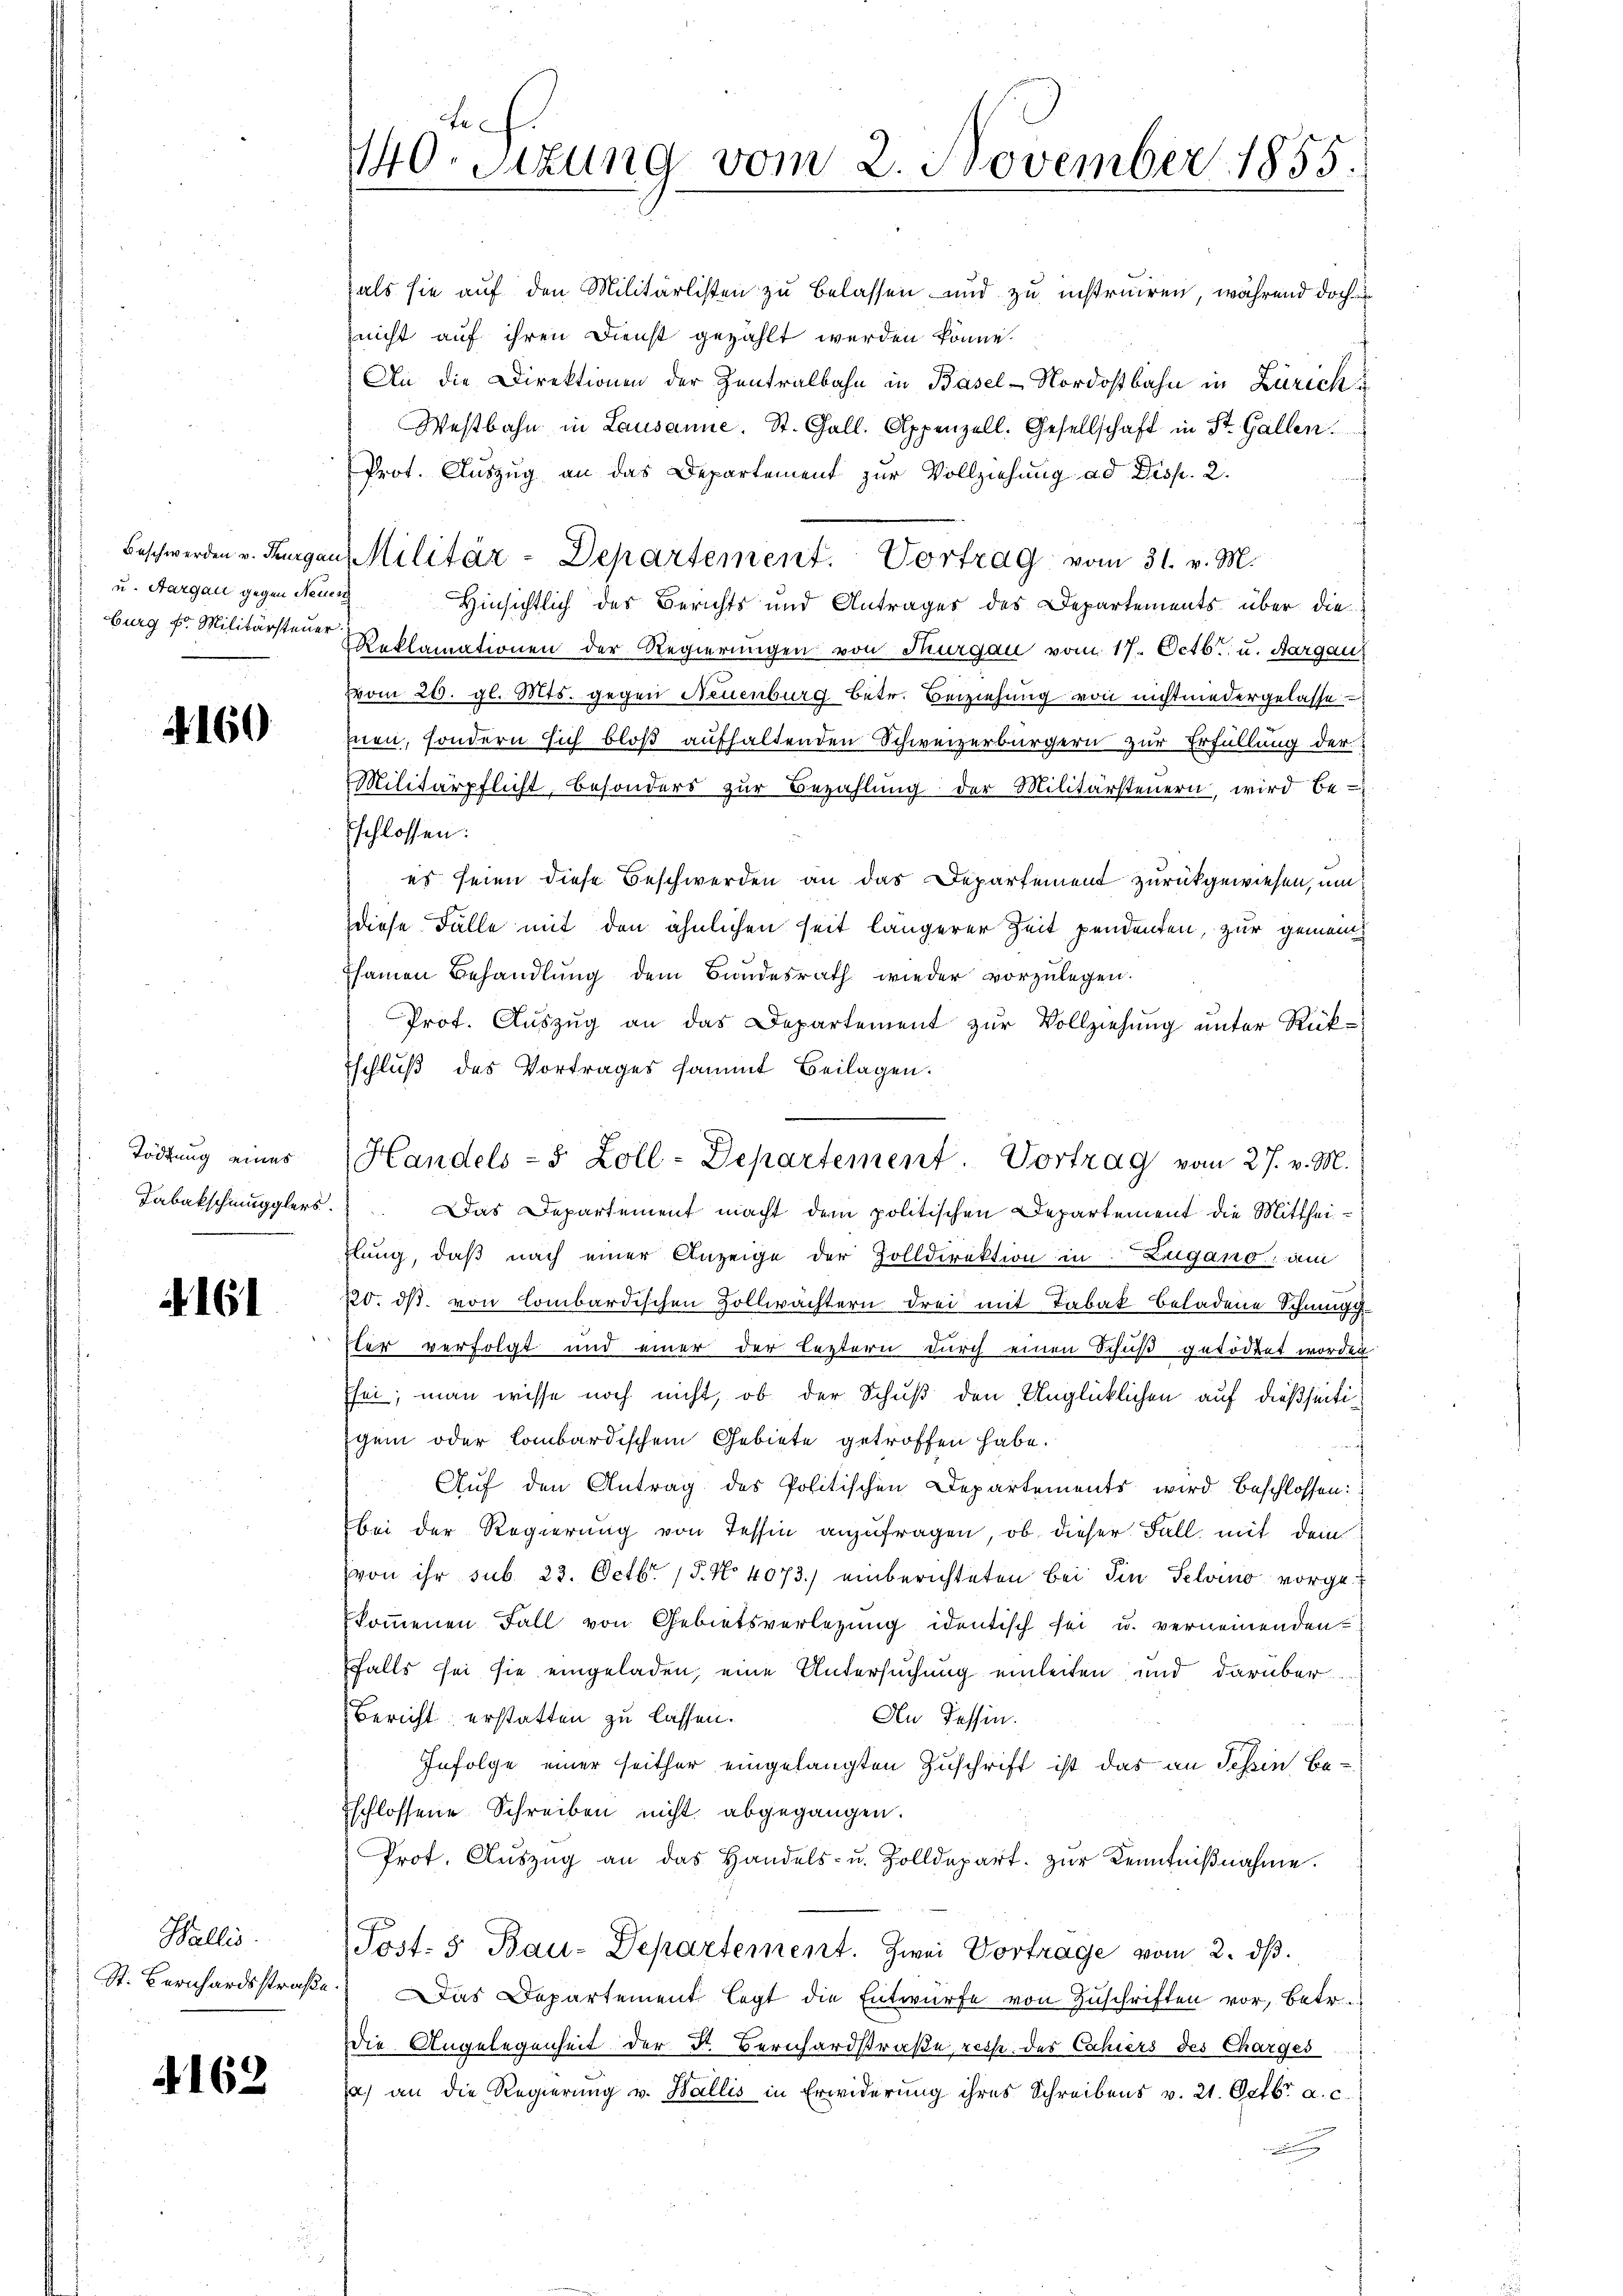
u. Aargau gegen Neuer
burg fr. Militärsteuer

§. 160

Tödtung eines
Tabakschmugglers

4161

Wallis.
St. Bernhardsstraße

4162

te
140. Sitzung vom 2. November 1855

als sie auf den Militärlisten zu belassen und zu instruiren, während doch u
nicht auf ihren Dienst gezählt werden könne.
An die Direktionen der Zentralbahn in Basel-Nordostbahn in Zürich
Westbahn in Lausanne. St. Gall. Appenzell. Gesellschaft in St. Gallen.
Prot. Auszug an das Departement zur Vollziehung ad Disp. 2.
Hinsichtlich des Berichts und Anträger des Departements über die
Reklamationen der Regierungen von Thurgau vom 17. Octbr. u. Aargau
vvom 20. gl. Mts. gegen Neuenburg betr. Beziehung von nichtniedergelasse
hnen, sondern sich bloß aufhaltenden Schweizerbürgern zur Erfüllung der
Militärpflicht, besonders zŭr Bezahlŭng der Militärsteŭern, wird be-
Eschlossen:
es seien diese Beschwerden an das Departement zurückgewiesen, um
diese Fälle mit den ähnlichen seit längerer Zeit pendenten, zur gemeinsamen Behandlung dem Bundesrath wieder vorzulegen.
Prof. Aŭszŭg an das Departement zŭr Vollziehŭng ŭnter Rück-
Eschluß des Vortrages sammt Beilagen.
Das Departement macht dem politischen Departement die Mittheihlung, daß nach einer Anzeige der Zolldirektion in Zugano am
220. ds. von Combardischen Zollwachtern drei mit Tabak beladene Schnung
ster verfolgt und einer der leztern durch einen Schuß getödtet worden
Esei; man wisse noch nicht, ob der Schuß den Unglücklichen auf dießseitigem oder lombardischem Gebiete getroffen habe.
Auf den Antrag des Politischen Departements wird beschlossen:
bei der Regierŭng von Tessin anzŭfragen, ob dieser Fall mit dem
(von ihr sub. 23. Octbr. 15. No 4073.) einberichteten Bei die Selvio vorgekommenen Fall von Gebietsverlegung identisch sei u. verneinenden
falls sei sie eingeladen, eine Untersuchung einleiten, und darüber
Bericht erstatten zu lassen.
An Tessin.
Infolge einer seither eingelangten Zuschrift ist das an Tessin be¬
Eschlossene Schreiben nicht abgegangen.
Prot. Aŭszŭg an das Handels- u. Zolldepart. zŭr Kenntniβnahme.
Post. 5 Bau-Departement. Zwei Vortrage vom 2. dβ.
Das Departement legt die Entwurfe von Zuschriften vor, betr.
Die Angelegenheit der Dr. Bernhardstraße resp. des Cahiers des Charges
a) an die Regierung v. Wallis in Erwiderung ihres Schreibens v. 21. Octbr. a. c.
g

Beschwerden u. Thurgau Militär-Departement. Vortrag vom 31. v. M.

Handels - 5 Zoll-Departement. Vortrag vom 27. v. M.